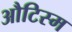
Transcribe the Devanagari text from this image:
औटिस्म